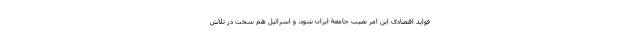
فواید اقتصادی این امر نصیب جامعۀ ایران شود، و اسرائیل هم سخت در تلاش